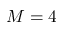
M = 4